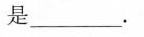
是___。